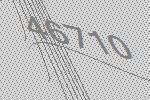
46710